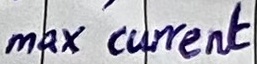
Text: max current